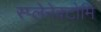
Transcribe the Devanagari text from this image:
स्प्लेनेक्टोमि